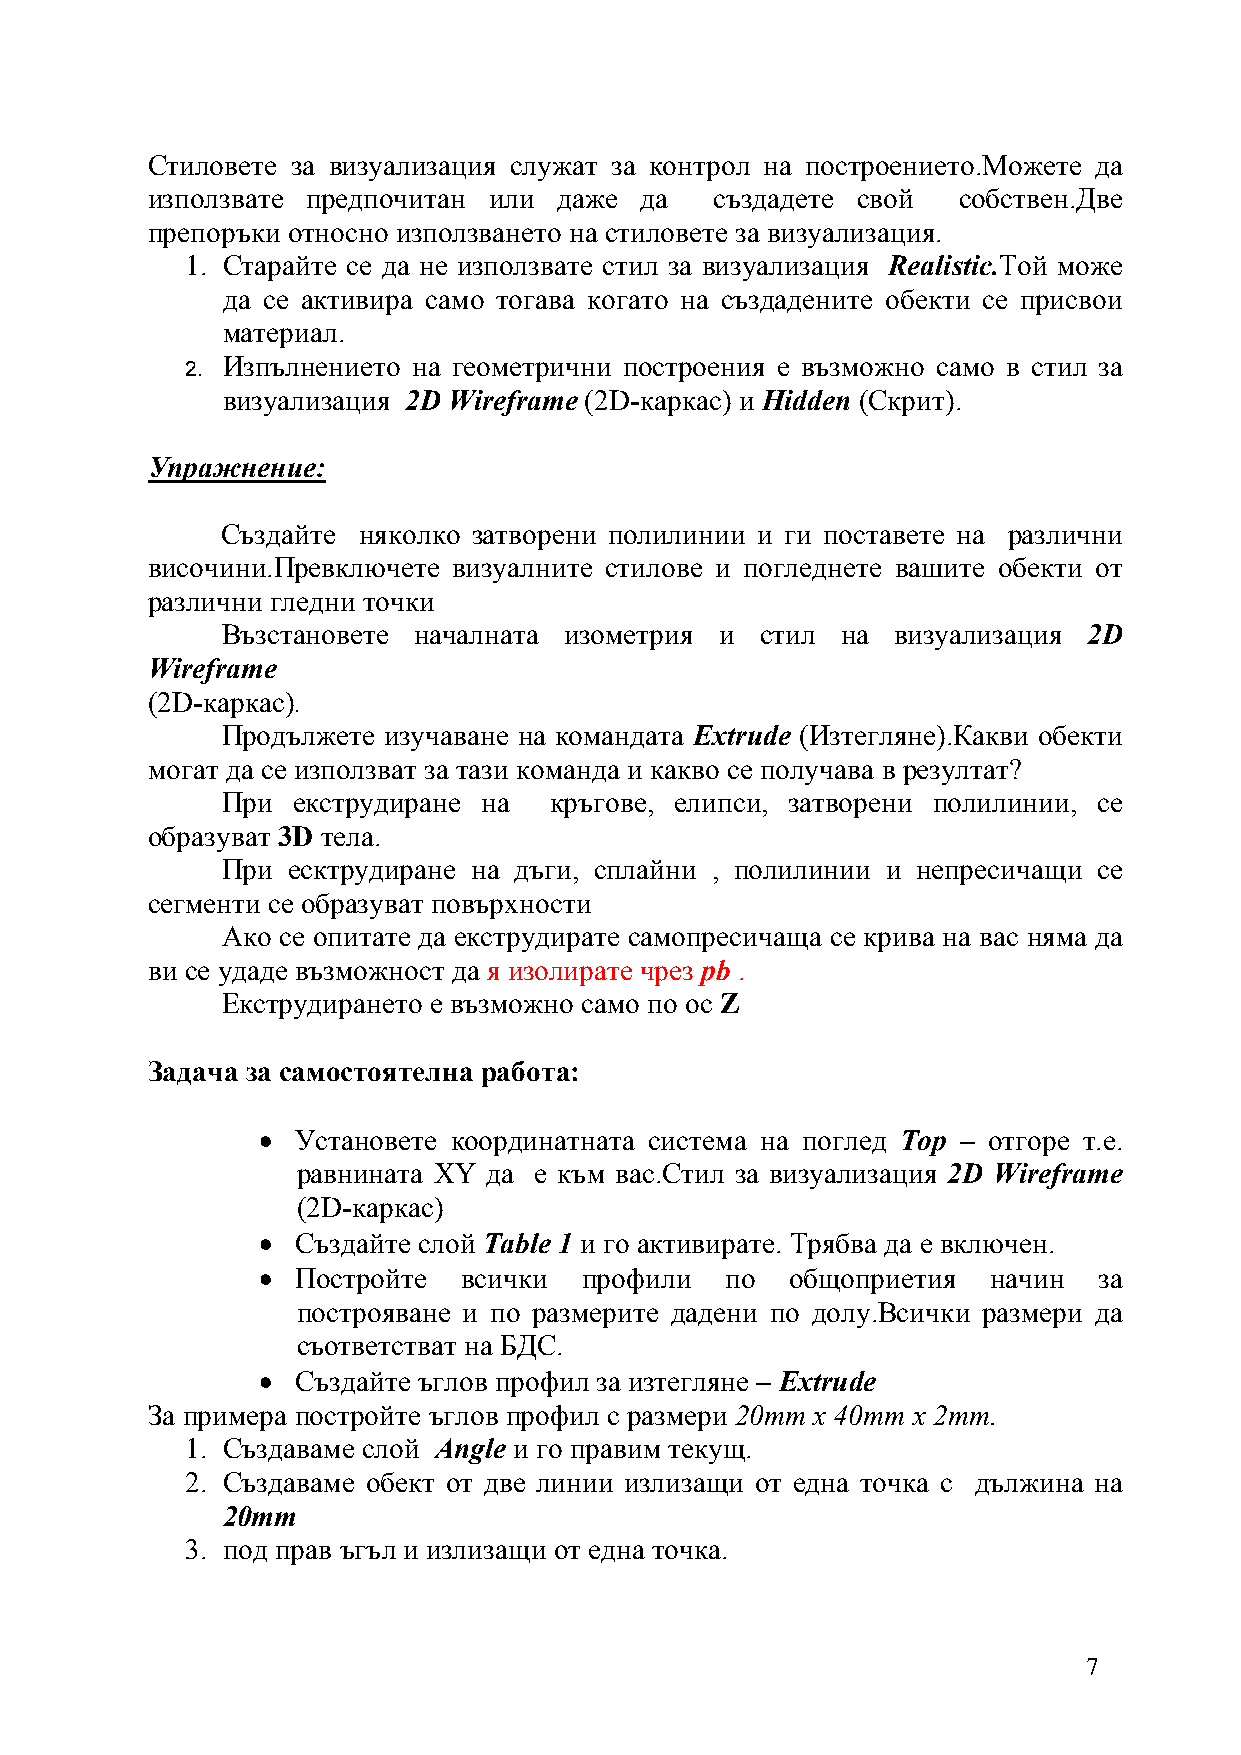
Стиловете за визуализация служат за контрол на построението.Можете да
 използвате предпочитан или даже да   създадете свой  собствен.Две
 препоръки относно използването на стиловете за визуализация.
 1. Старайте се да не използвате стил за визуализация Realistic.Той може
 да се активира само тогава когато на създадените обекти се присвои
 материал.
 Изпълнението на геометрични построения е възможно само в стил за
 2.
 визуализация 2D Wireframe (2D-каркас) и Hidden (Скрит).
 Упражнение:
 Създайте няколко затворени полилинии и ги поставете на различни
 височини.Превключете визуалните стилове и погледнете вашите обекти от
 различни гледни точки
 Възстановете началната изометрия и стил  на визуализация 2D
 Wireframe
 (2D-каркас)
 .
 Продължете изучаване на командата Extrude (Изтегляне).Какви обекти
 могат да се използват за тази команда и какво се получава в резултат?
 При екструдиране на  кръгове, елипси, затворени полилинии, се
 образуват 3D тела.
 При есктрудиране на дъги, сплайни , полилинии и непресичащи се
 сегменти се образуват повърхности
 Ако се опитате да екструдирате самопресичаща се крива на вас няма да
 ви се удаде възможност да я изолирате чрез pb .
 Екструдирането е възможно само по ос Z
 Задача за самостоятелна работа:
 •  Установете координатната система на поглед Top – отгоре т.е.
 равнината XY да е към вас.Стил за визуализация 2D Wireframe
 (2D-каркас)
 •  Създайте слой Table 1 и го активирате. Трябва да е включен.
 •  Постройте  всички профили   по  общоприетия   начин  за
 построяване и по размерите дадени по долу.Всички размери да
 съответстват на БДС.
 •  Създайте ъглов профил за изтегляне – Extrudе
 За примера постройте ъглов профил с размери 20mm x 40mm x 2mm.
 1. Създаваме слой Angle и го правим текущ.
 2. Създаваме обект от две линии излизащи от една точка с дължина на
 20mm
 3. под прав ъгъл и излизащи от една точка.
 7